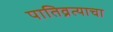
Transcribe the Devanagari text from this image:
पातिव्रत्याचा